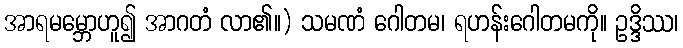
အာရမမ္ဘောဟူ၍ အာဂတံ လာ၏။) သမဏံ ဂေါတမ၊ ရဟန်းဂေါတမကို။ ဥဒ္ဒိဿ၊